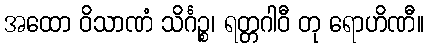
အထော ဝိသာဏံ သိင်္ဂဉ္စ၊ ရတ္တဂါဝီ တု ရောဟိဏီ။